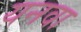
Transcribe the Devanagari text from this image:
यनवा